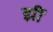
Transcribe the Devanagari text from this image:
झीं